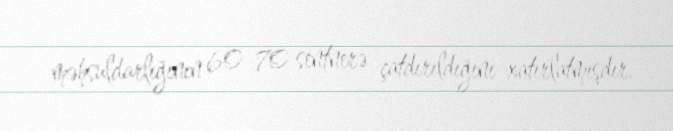
məhsuldarlığının 60-70 sentnerə çatdırıldığını xatırlatmışdır.